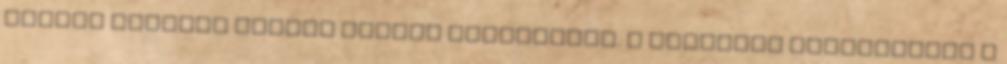
okirat hiteles magyar nyelvű fordítását. A külföldi vállalkozás a